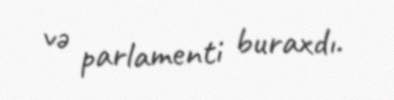
və parlamenti buraxdı.